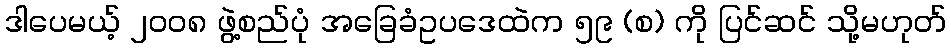
ဒါပေမယ့် ၂၀၀၈ ဖွဲ့စည်ပုံ အခြေခံဥပဒေထဲက ၅၉ (စ) ကို ပြင်ဆင် သို့မဟုတ်